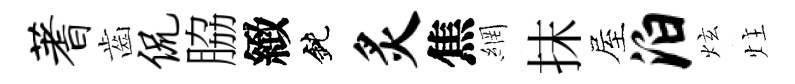
蓍齒侃脇緻鈍炙焦網抹屋泊炫炷